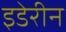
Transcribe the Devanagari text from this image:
इडेरीन